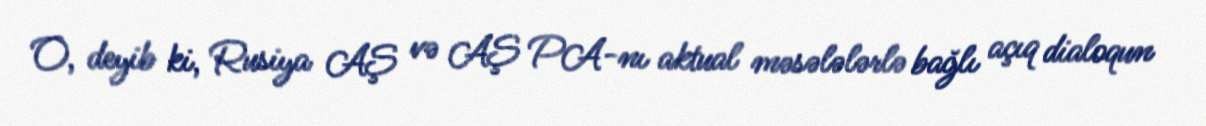
O, deyib ki, Rusiya AŞ və AŞ PA-nı aktual məsələlərlə bağlı açıq dialoqun